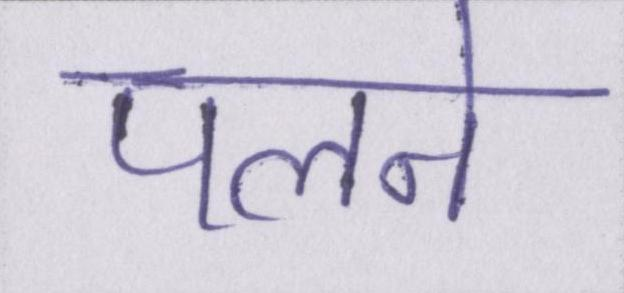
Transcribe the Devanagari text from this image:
पलने